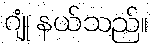
ဂျုံ နယ်သည်။